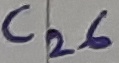
Text: C26